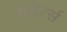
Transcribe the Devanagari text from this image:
मर्डरर्स